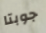
جوبتا